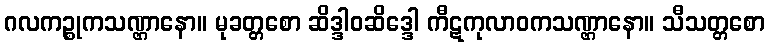
ဂလကဉ္စုကသဏ္ဌာနော။ မုခတ္တစော ဆိဒ္ဒါဝဆိဒ္ဒေါ ကီဋကုလာဝကသဏ္ဌာနော။ သီသတ္တစော